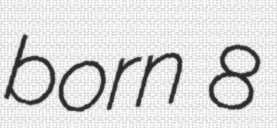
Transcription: born 8